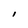
Character: I